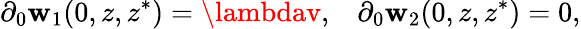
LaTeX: \partial_{0}\mathbf{w}_{1}(0,z,z^{*})=\lambdav,\; \; \; \partial_{0}\mathbf{w}_{2}(0,z,z^{*})=0,